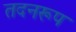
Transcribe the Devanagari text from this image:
तदनरूप